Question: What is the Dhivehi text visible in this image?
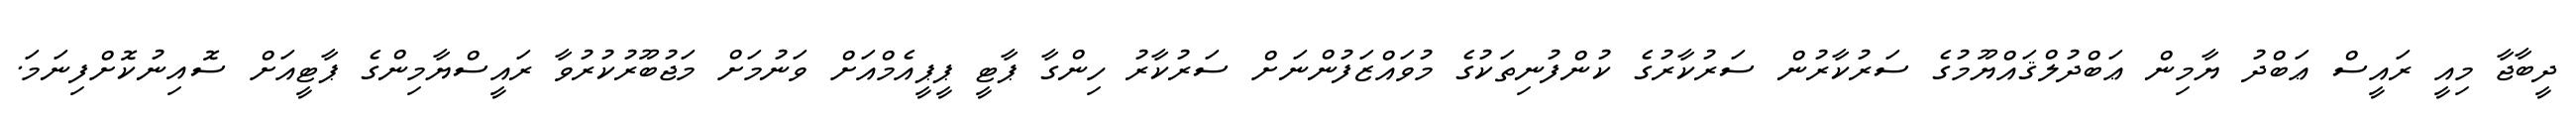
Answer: ދީބާޖާ މިއީ ރައީސް ޢަބްދު ޔާމިން ޢަބްދުލްޤައްޔޫމުގެ ސަރުކާރުން ސަރުކާރުގެ ކުންފުނިތަކުގެ މުވައްޒަފުންނަށް ސަރުކާރު ހިންގާ ޕާޓީ ޕީޕީއެމްއަށް ވަނުމަށް މަޖުބޫރުކުރުވާ ރައީސްޔާމިންގެ ޕާޓީއަށް ސޮއިނުކޮށްފިނަމަ.